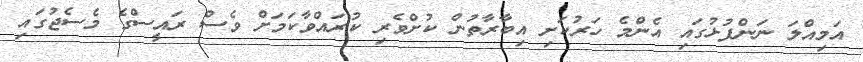
އަމިއްލަ ނަންފުޅުގައި އެންމެ ހަރުކަށި އިބާރާތުން ކުށްވެރި ކުރައްވާކަމަށް ވެސް ރައީސްގެ މެސެޖުގައި